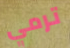
ترمي